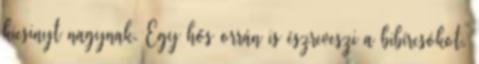
kicsinyt nagynak. Egy hős orrán is észreveszi a bibírcsókot,